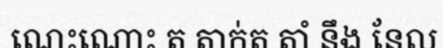
ណេះណោះ ត តាក់ត តាំ នឹង នែល